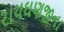
રાયઘણજીના